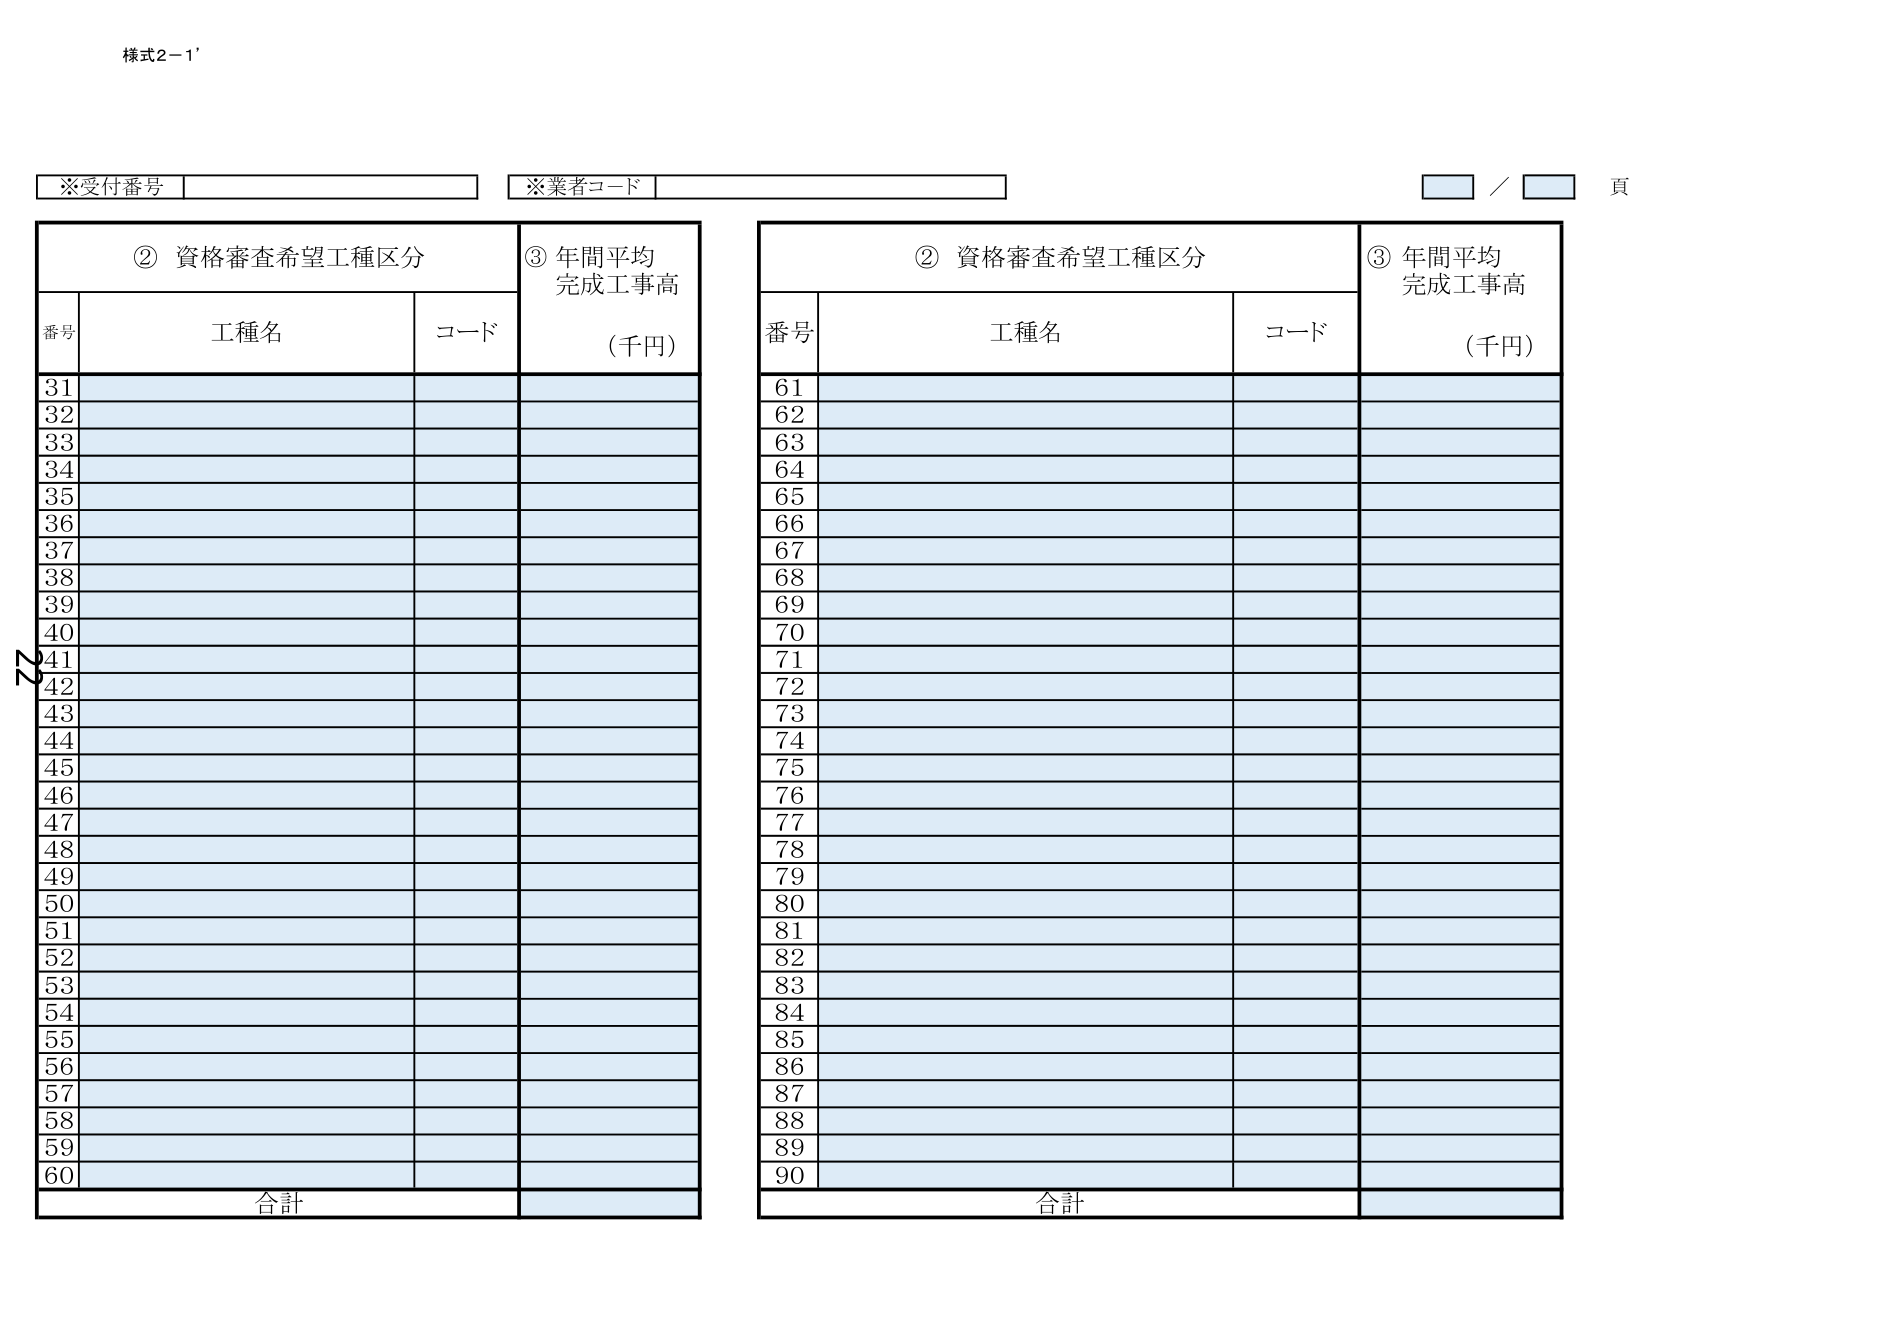
様式2-1'

※受付番号
※業者コード
／ 頁

② 資格審査希望工種区分
③ 年間平均
完成工事高
（千円）

番号 工種名 コード

31
32
33
34
35
36
37
38
39
40
41
42
43
44
45
46
47
48
49
50
51
52
53
54
55
56
57
58
59
60

合計

② 資格審査希望工種区分
③ 年間平均
完成工事高
（千円）

番号 工種名 コード

61
62
63
64
65
66
67
68
69
70
71
72
73
74
75
76
77
78
79
80
81
82
83
84
85
86
87
88
89
90

合計